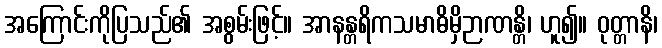
အကြောင်းကိုပြသည်၏ အစွမ်းဖြင့်။ အာနန္တရိကသမာဓိမှိဉာဏန္တိ၊ ဟူ၍။ ဝုတ္တာနိ၊